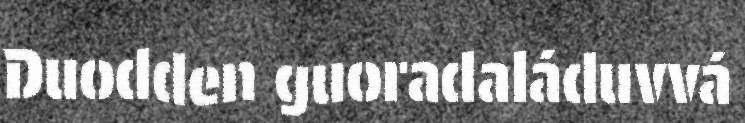
Duodden guoradaláduvvá